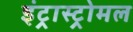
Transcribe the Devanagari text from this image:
इंट्रास्ट्रोमल